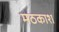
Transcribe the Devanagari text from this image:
मठकाश